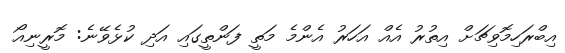
އިބްރަހިމޮވިޗަށް އިތުރު އެއް އަހަރު އެންމެ މަތީ ފަންތީގައި އަދި ކުޅެވޭނެ: މޮރީނިއޯ